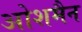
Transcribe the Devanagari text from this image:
ओशमैन